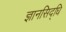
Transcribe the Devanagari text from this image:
ज्ञानसिद्धि